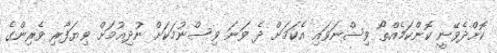
ކޮށްދެވޭނީ ކޮންކަމެއްތޯ ވިސްނަވައި އެކަމަށް ދެ ވަނަ ވިސްނުމަކަށް ނުދިއުމަށް ވިޔަފާރި ވެރިންގެ